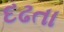
દઢતા